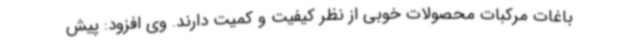
باغات مرکبات محصولات خوبی از نظر کیفیت و کمیت دارند. وی افزود: پیش